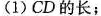
(1)CD的长；